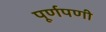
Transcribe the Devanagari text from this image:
पूर्णपणी